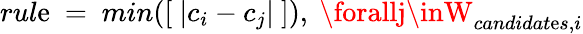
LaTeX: rul\mathrm{e}\ =\ min([\ |c_{i}-c_{j}|\ ]),\ \forallj\inW_{candidat\mathrm{e}s,i}